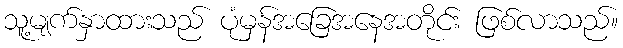
သူ့မျက်နှာထားသည် ပုံမှန်အခြေအနေအတိုင်း ဖြစ်လာသည်။